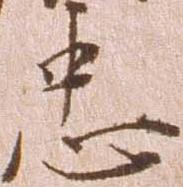
忠